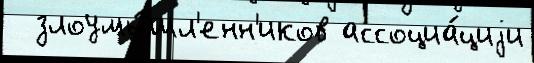
  злоумы́шл'енн'иков ассоциа́циjи